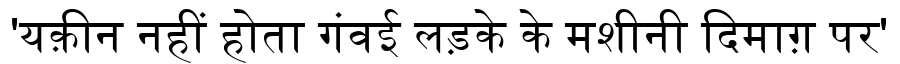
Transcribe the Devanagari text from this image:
'यक़ीन नहीं होता गंवई लड़के के मशीनी दिमाग़ पर'